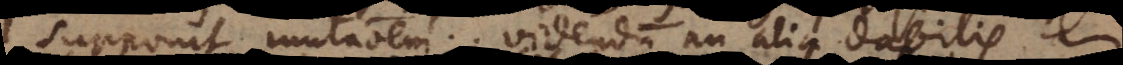
supponit mutationem. Videndum an alia dabilis